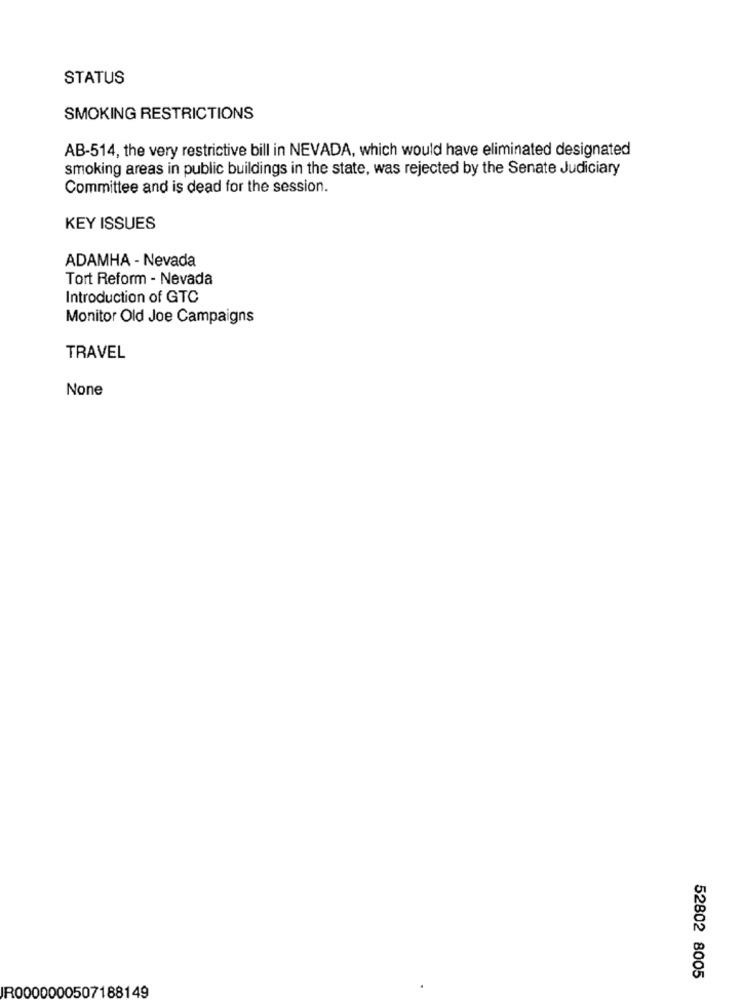
STATUS
SMOKING RESTRICTIONS
AB-514, the very restrictive bill in NEVADA, which would have eliminated designated
smoking areas in public buildings in the state, was rejected by the Senate Judiciary
Committee and is dead for the session.
KEY ISSUES
ADAMHA - Nevada
Tort Reform - Nevada
Introduction of GTC
Monitor Old Joe Campaigns
TRAVEL
52802 8005
R0000000507188149